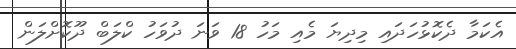
އެކަމާ ދެކޮޅުހަދައި މިދިޔަ މެއި މަހު 18 ވަނަ ދުވަހު ކްލަބް ދޫކޮށްލަން